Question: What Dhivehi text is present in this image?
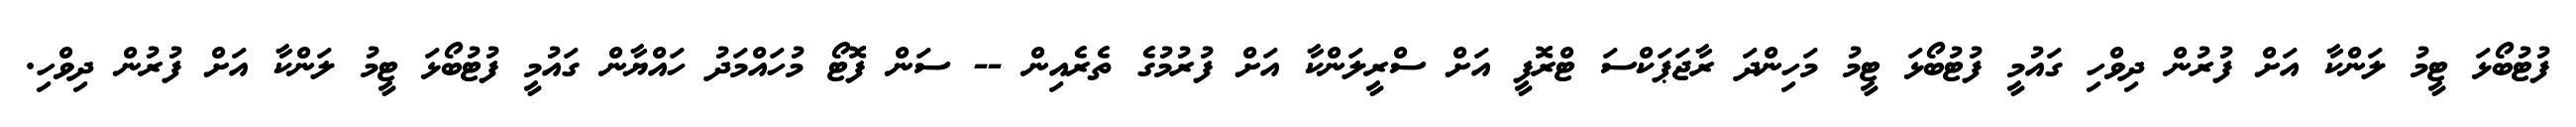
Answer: ފުޓުބޯޅަ ޓީމު ލަންކާ އަށް ފުރުން ދިވްހި ގައުމީ ފުޓުބޯޅަ ޓީމު މަހިންދަ ރާޖަޕަކްސަ ޓްރޮފީ އަށް ސްރީލަންކާ އަށް ފުރުމުގެ ތެރެއިން -- ސަން ފޮޓޯ މުހައްމަދު ހައްޔާން ގައުމީ ފުޓުބޯޅަ ޓީމު ލަންކާ އަށް ފުރުން ދިވްހި.